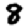
Digit: 8